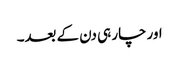
اور چار ہی دن کے بعد۔